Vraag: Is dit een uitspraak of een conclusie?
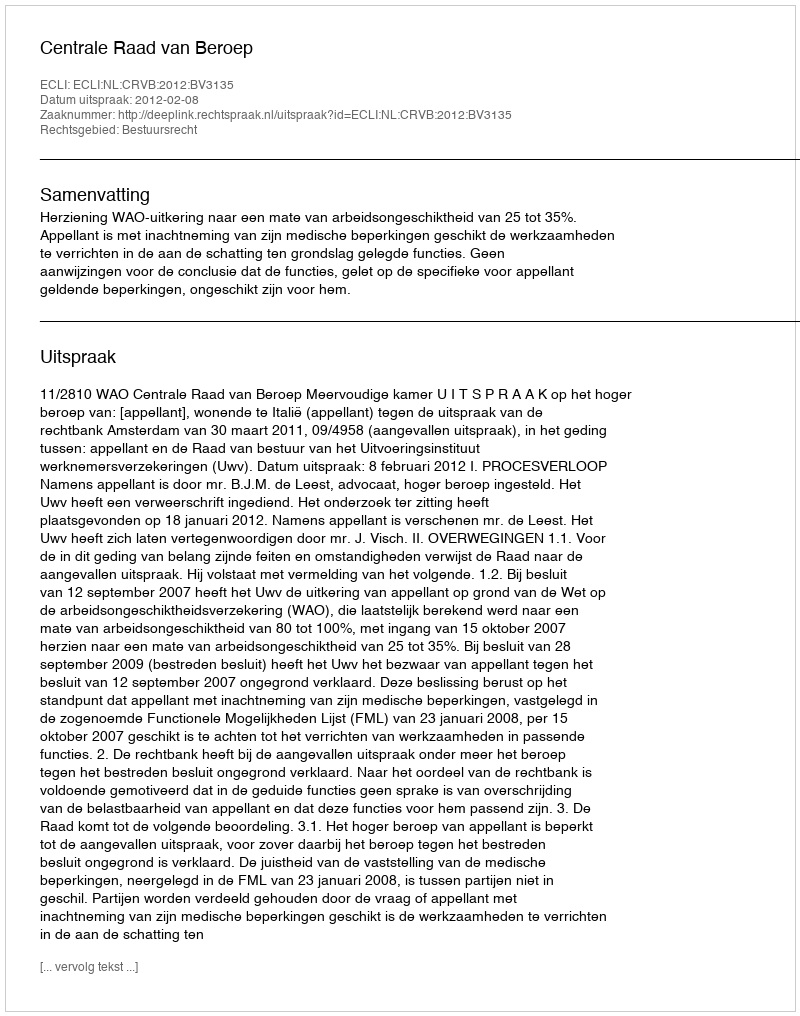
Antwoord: Uitspraak